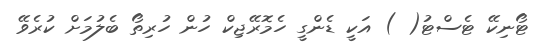
ޓޯނިކޭ ޓެސްޓު( ) އަކީ ޑެންގީ ހެމޮރޭޖިކް ހުން ހުރިތޯ ބެލުމަށް ކުރެވޭ